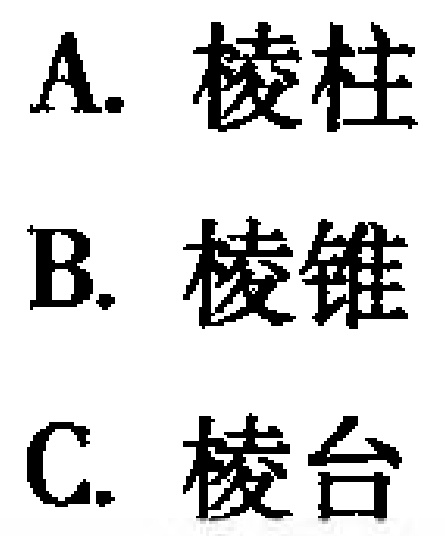
A. 棱柱
B. 棱锥
C. 棱台